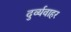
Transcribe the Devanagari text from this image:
दुर्व्यवाहर